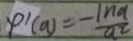
\varphi ^ { \prime } ( a ) = - \frac { \ln a } { a ^ { 2 } }